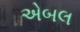
એબલ